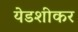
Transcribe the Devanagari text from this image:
येडशीकर